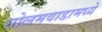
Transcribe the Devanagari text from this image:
सोलमवाडामध्ये